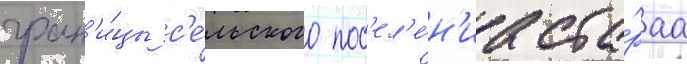
гран'и́цы с'е́льского пос'ел'е́н'иа ста́раа